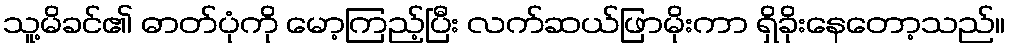
သူ့မိခင်၏ ဓာတ်ပုံကို မော့ကြည့်ပြီး လက်ဆယ်ဖြာမိုးကာ ရှိခိုးနေတော့သည်။